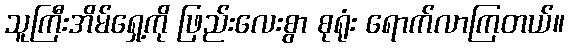
သူကြီးအိမ်ရှေ့ကို ဖြည်းလေးစွာ စုရုံး ရောက်လာကြတယ်။